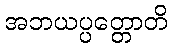
အဘယပ္ပတ္တောတိ